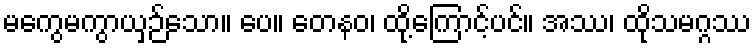
မကွေမကွာယှဉ်သော။ ပေ။ တေနဝ၊ ထို့ကြောင့်ပင်။ အဿ၊ ထိုသမဂ္ဂဿ